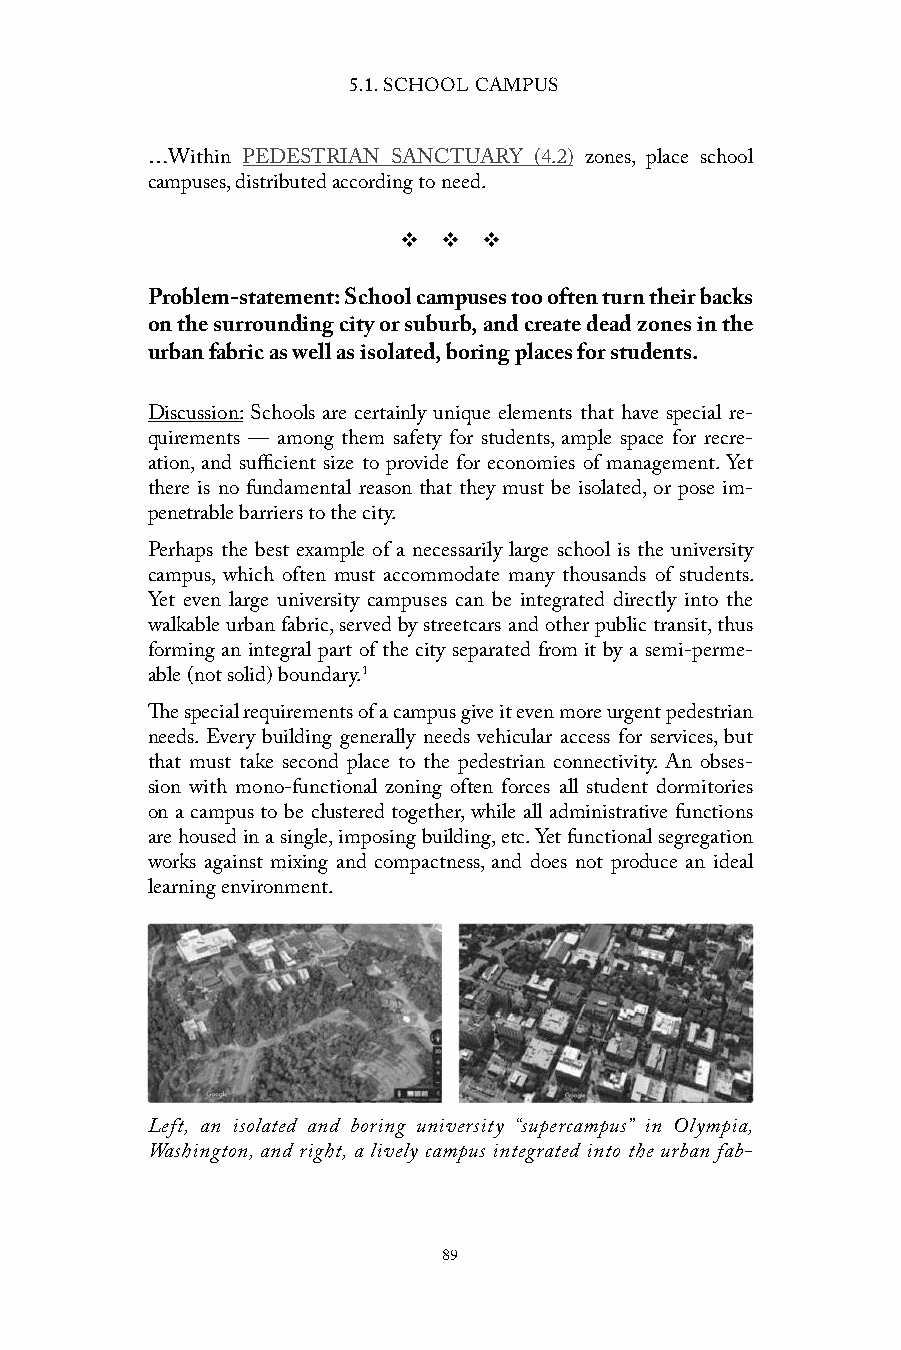
5.1. SCHOOL CAMPUS
 …Within PEDESTRIAN SANCTUARY (4.2) zones, place school
 campuses, distributed according to need.
 v  v  v
 Problem-statement: School campuses too often turn their backs
 on the surrounding city or suburb, and create dead zones in the
 urban fabric as well as isolated, boring places for students.
 Discussion: Schools are certainly unique elements that have special re-
 quirements — among them safety for students, ample space for recre-
 ation, and sufficient size to provide for economies of management. Yet
 there is no fundamental reason that they must be isolated, or pose im-
 penetrable barriers to the city.
 Perhaps the best example of a necessarily large school is the university
 campus, which often must accommodate many thousands of students.
 Yet even large university campuses can be integrated directly into the
 walkable urban fabric, served by streetcars and other public transit, thus
 forming an integral part of the city separated from it by a semi-perme-
 able (not solid) boundary.1
 The special requirements of a campus give it even more urgent pedestrian
 needs. Every building generally needs vehicular access for services, but
 that must take second place to the pedestrian connectivity. An obses-
 sion with mono-functional zoning often forces all student dormitories
 on a campus to be clustered together, while all administrative functions
 are housed in a single, imposing building, etc. Yet functional segregation
 works against mixing and compactness, and does not produce an ideal
 learning environment.
 Left, an isolated and boring university “supercampus” in Olympia,
 Washington, and right, a lively campus integrated into the urban fab-
 89